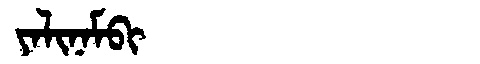
Manchu: ᠶᠠᠯᡳᠨᠠᠮᠪᡳ
Romanization: YALINAMBI